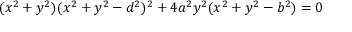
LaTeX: ( x ^ { 2 } + y ^ { 2 } ) ( x ^ { 2 } + y ^ { 2 } - d ^ { 2 } ) ^ { 2 } + 4 a ^ { 2 } y ^ { 2 } ( x ^ { 2 } + y ^ { 2 } - b ^ { 2 } ) = 0